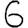
Digit: 6